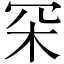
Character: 罙